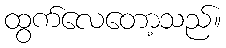
ထွက်လေတော့သည်။